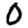
Digit: 0